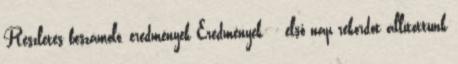
Részletes beszámoló, eredmények Eredmények: - első nap rekordot állítottunk